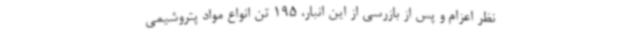
نظر اعزام و پس از بازرسی از این انبار، 195 تن انواع مواد پتروشیمی